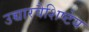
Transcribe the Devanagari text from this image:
उच्चारवैशिष्टेय